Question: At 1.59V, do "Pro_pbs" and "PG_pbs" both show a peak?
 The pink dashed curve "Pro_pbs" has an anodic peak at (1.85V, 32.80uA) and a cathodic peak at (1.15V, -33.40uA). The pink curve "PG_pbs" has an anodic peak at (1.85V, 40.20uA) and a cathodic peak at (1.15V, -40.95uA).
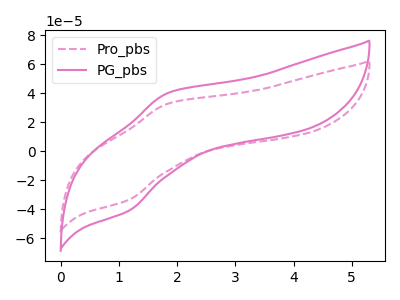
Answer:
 <answer>No, "Pro_pbs" and "PG_pbs" dont share a peak at 1.59V.</answer>
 <eval>mismatch</eval>